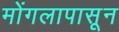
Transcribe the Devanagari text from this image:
मोंगलापासून